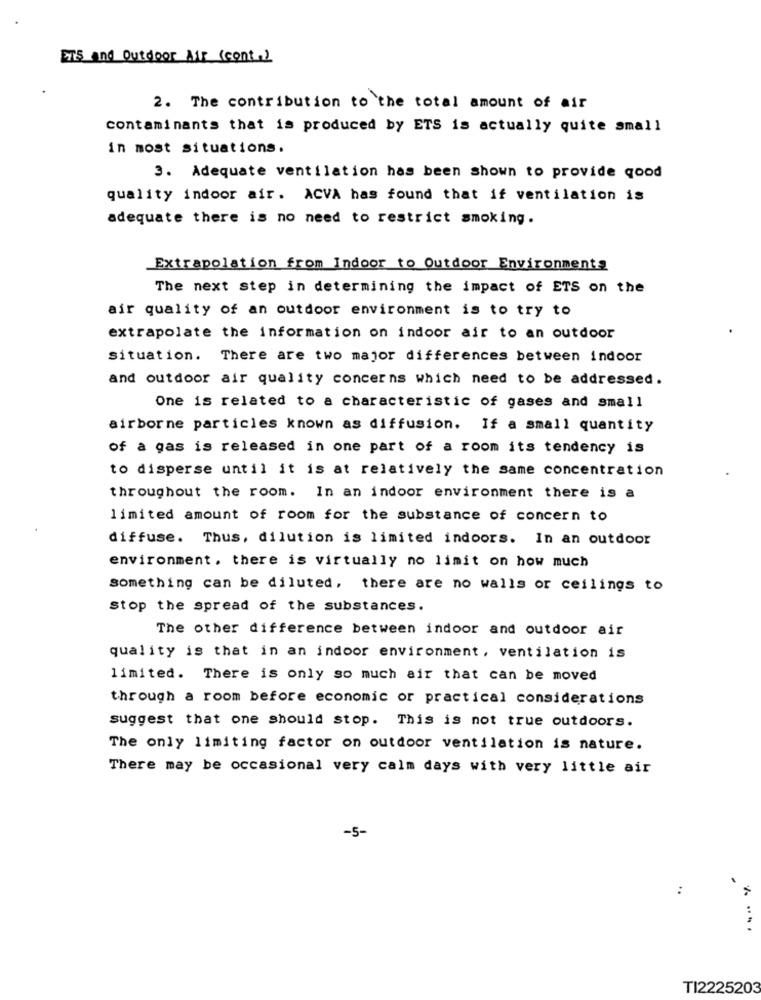
ETS and Outdoor Air (cont.)
2. The contribution to the total amount of air
contaminants that is produced by ETS is actually quite small
in most situations.
3. Adequate ventilation has been shown to provide good
quality indoor air. ACVA has found that if ventilation is
adequate there is no need to restrict smoking.
Extrapolation from Indoor to Outdoor Environments
The next step in determining the impact of ETS on the
air quality of an outdoor environment is to try to
extrapolate the information on indoor air to an outdoor
situation. There are two major differences between indoor
and outdoor air quality concerns which need to be addressed.
One is related to a characteristic of gases and small
airborne particles known as diffusion. If a small quantity
of a gas is released in one part of a room its tendency is
to disperse until it is at relatively the same concentration
throughout the room. In an indoor environment there is a
limited amount of room for the substance of concern to
diffuse. Thus, dilution is limited indoors. In an outdoor
environment. there is virtually no limit on how much
something can be diluted, there are no walls or ceilings to
Stop the spread of the substances.
The other difference between indoor and outdoor air
quality is that in an indoor environment, ventilation is
limited. There is only so much air that can be moved
through a room before economic or practical considerations
suggest that one should stop. This is not true outdoors.
The only limiting factor on outdoor ventilation is nature.
There may be occasional very calm days with very little air
-5-
:
.
TI2225203